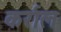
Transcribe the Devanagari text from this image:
कर्राल